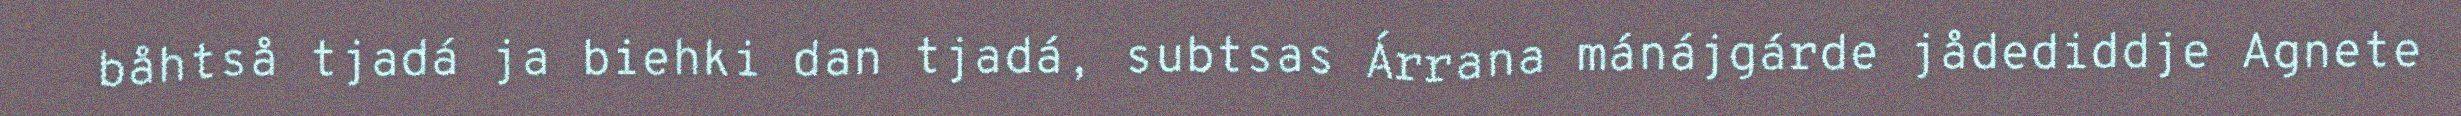
båhtså tjadá ja biehki dan tjadá, subtsas Árrana mánájgárde jådediddje Agnete